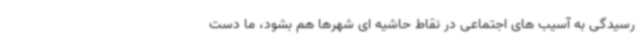
رسیدگی به آسیب های اجتماعی در نقاط حاشیه ای شهرها هم بشود، ما دست